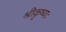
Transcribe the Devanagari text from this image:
श्रीकृष्णः